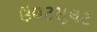
ઉલટસૂલટ